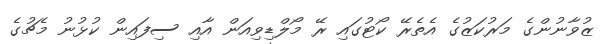
ޒުވާނުންގެ މަރުކަޒުގެ އެތެރޭ ކޯޓުގައި ރޭ މޯލްޑިވިއަން އާއި ސިފައިން ކުޅުނު މެޗުގެ